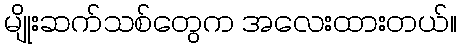
မျိုးဆက်သစ်တွေက အလေးထားတယ်။